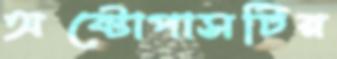
অক্টোপাসটির